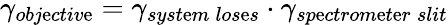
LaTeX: \gamma_{obj\mathrm{e}ctiv\mathrm{e}}=\gamma_{syst\mathrm{e}m\: los\mathrm{e}s}\cdot\gamma_{sp\mathrm{e}ctrom\mathrm{e}t\mathrm{e}r\: slit}